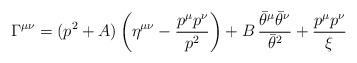
LaTeX: \begin{align*}\Gamma^{\mu\nu} = (p^{2} + A) \left(\eta^{\mu\nu} -{p^{\mu}p^{\nu}\over p^{2}}\right) +B\,{\bar{\theta}^{\mu}\bar{\theta}^{\nu}\over \bar{\theta}^{2}} +{p^{\mu}p^{\nu}\over \xi}\end{align*}